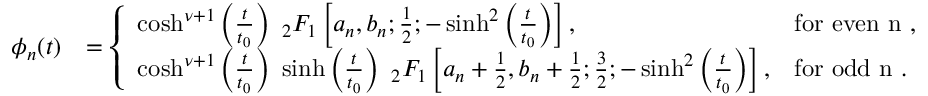
\begin{array} { r l } { \phi _ { n } ( t ) } & { = \left\{ \begin{array} { l l } { \cosh ^ { \nu + 1 } \left( \frac { t } { t _ { 0 } } \right) ~ { _ 2 F _ { 1 } } \left[ a _ { n } , b _ { n } ; \frac { 1 } { 2 } ; - \sinh ^ { 2 } \left( \frac { t } { t _ { 0 } } \right) \right] , } & { \mathrm { f o r ~ e v e n ~ n ~ } , } \\ { \cosh ^ { \nu + 1 } \left( \frac { t } { t _ { 0 } } \right) ~ \sinh \left( \frac { t } { t _ { 0 } } \right) ~ { _ 2 F _ { 1 } } \left[ a _ { n } + \frac { 1 } { 2 } , b _ { n } + \frac { 1 } { 2 } ; \frac { 3 } { 2 } ; - \sinh ^ { 2 } \left( \frac { t } { t _ { 0 } } \right) \right] , } & { \mathrm { f o r ~ o d d ~ n ~ } . } \end{array} \right. } \end{array}